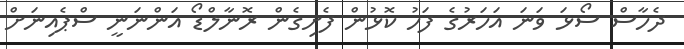
ދެހާސް ސޯޅަ ވަނަ އަހަރުގެ ފަހު ކޮޅުން ފެށިގެން ރޮނާލްޑޯ އަންނަނީ ސްޕެއިނަށް